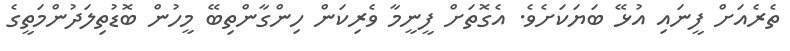
ތެރެއަށް ފީނައި އުޅޭ ބަޔަކަށެވެ. އެގޮތަށް ފީނީމާ ވެރިކަން ހިންގާންތިބޭ މީހުން ބޮޑުތިލަދުންމަތީގެ